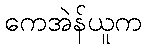
ကေအဲန်ယူက